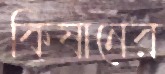
কিষানের